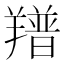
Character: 𦏏